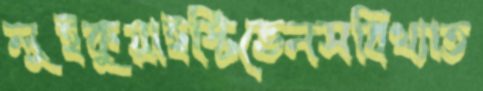
লুইকুয়াইস্টিভেনসবিখ্যাত